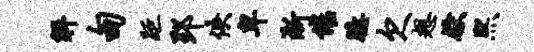
解甸距郢佚卑淅催臆欠想献熙